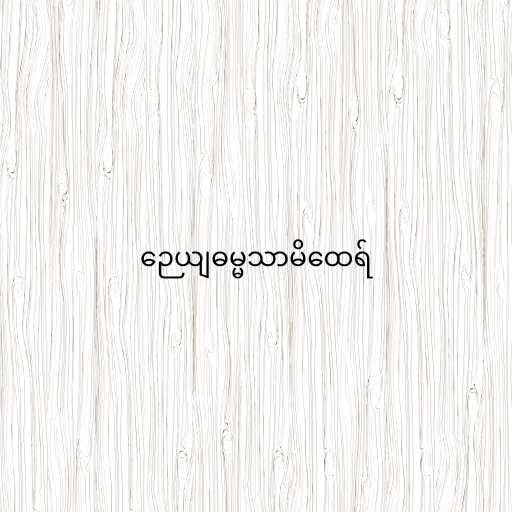
ဉေယျဓမ္မသာမိထေရ်